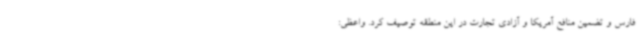
فارس و تضمین منافع آمریکا و آزادی تجارت در این منطقه توصیف کرد. واعظی: